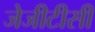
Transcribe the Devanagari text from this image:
जेजीटीसी